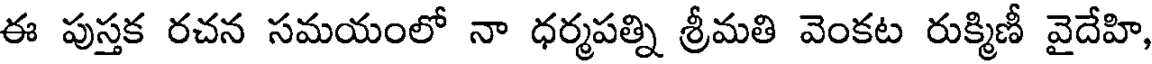
ఈ పుస్తక రచన సమయంలో నా ధర్మపత్ని శ్రీమతి వెంకట రుక్మిణీ వైదేహి,